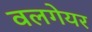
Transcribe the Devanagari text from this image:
वलगेयर